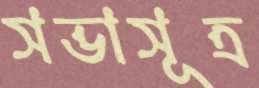
সভাসূত্র